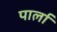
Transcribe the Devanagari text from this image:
पार्ला